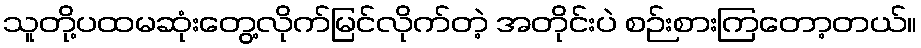
သူတို့ပထမဆုံးတွေ့လိုက်မြင်လိုက်တဲ့ အတိုင်းပဲ စဉ်းစားကြတော့တယ်။